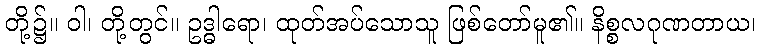
တို့၌။ ဝါ၊ တို့တွင်။ ဥဒ္ဓါရော၊ ထုတ်အပ်သောသူ ဖြစ်တော်မူ၏။ နိစ္စလဂုဏတာယ၊